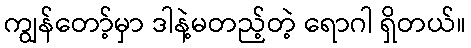
ကျွန်တော့်မှာ ဒါနဲ့မတည့်တဲ့ ရောဂါ ရှိတယ်။